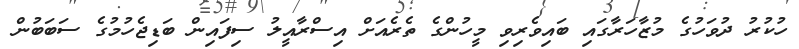
ހުކުރު ދުވަހުގެ މުޒާހަރާގައި ބައިވެރިވި މީހުންގެ ތެރެއަށް އިސްރާއީލު ސިފައިން ބަޑިޖެހުމުގެ ސަބަބުން